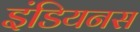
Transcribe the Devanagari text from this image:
इंडियनस